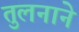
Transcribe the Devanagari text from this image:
तुलनाने